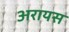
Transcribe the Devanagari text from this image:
अरायस